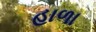
હાળા